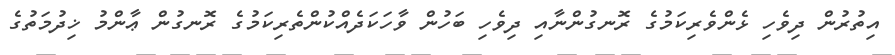
އިތުރުން ދިވެހި ޅެންވެރިކަމުގެ ރޮނގުންނާއި ދިވެހި ބަހުން ވާހަކަދެއްކުންތެރިކަމުގެ ރޮނގުން ޢާންމު ޚިދުމަތުގެ